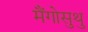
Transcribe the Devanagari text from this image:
मैंगोसुथु